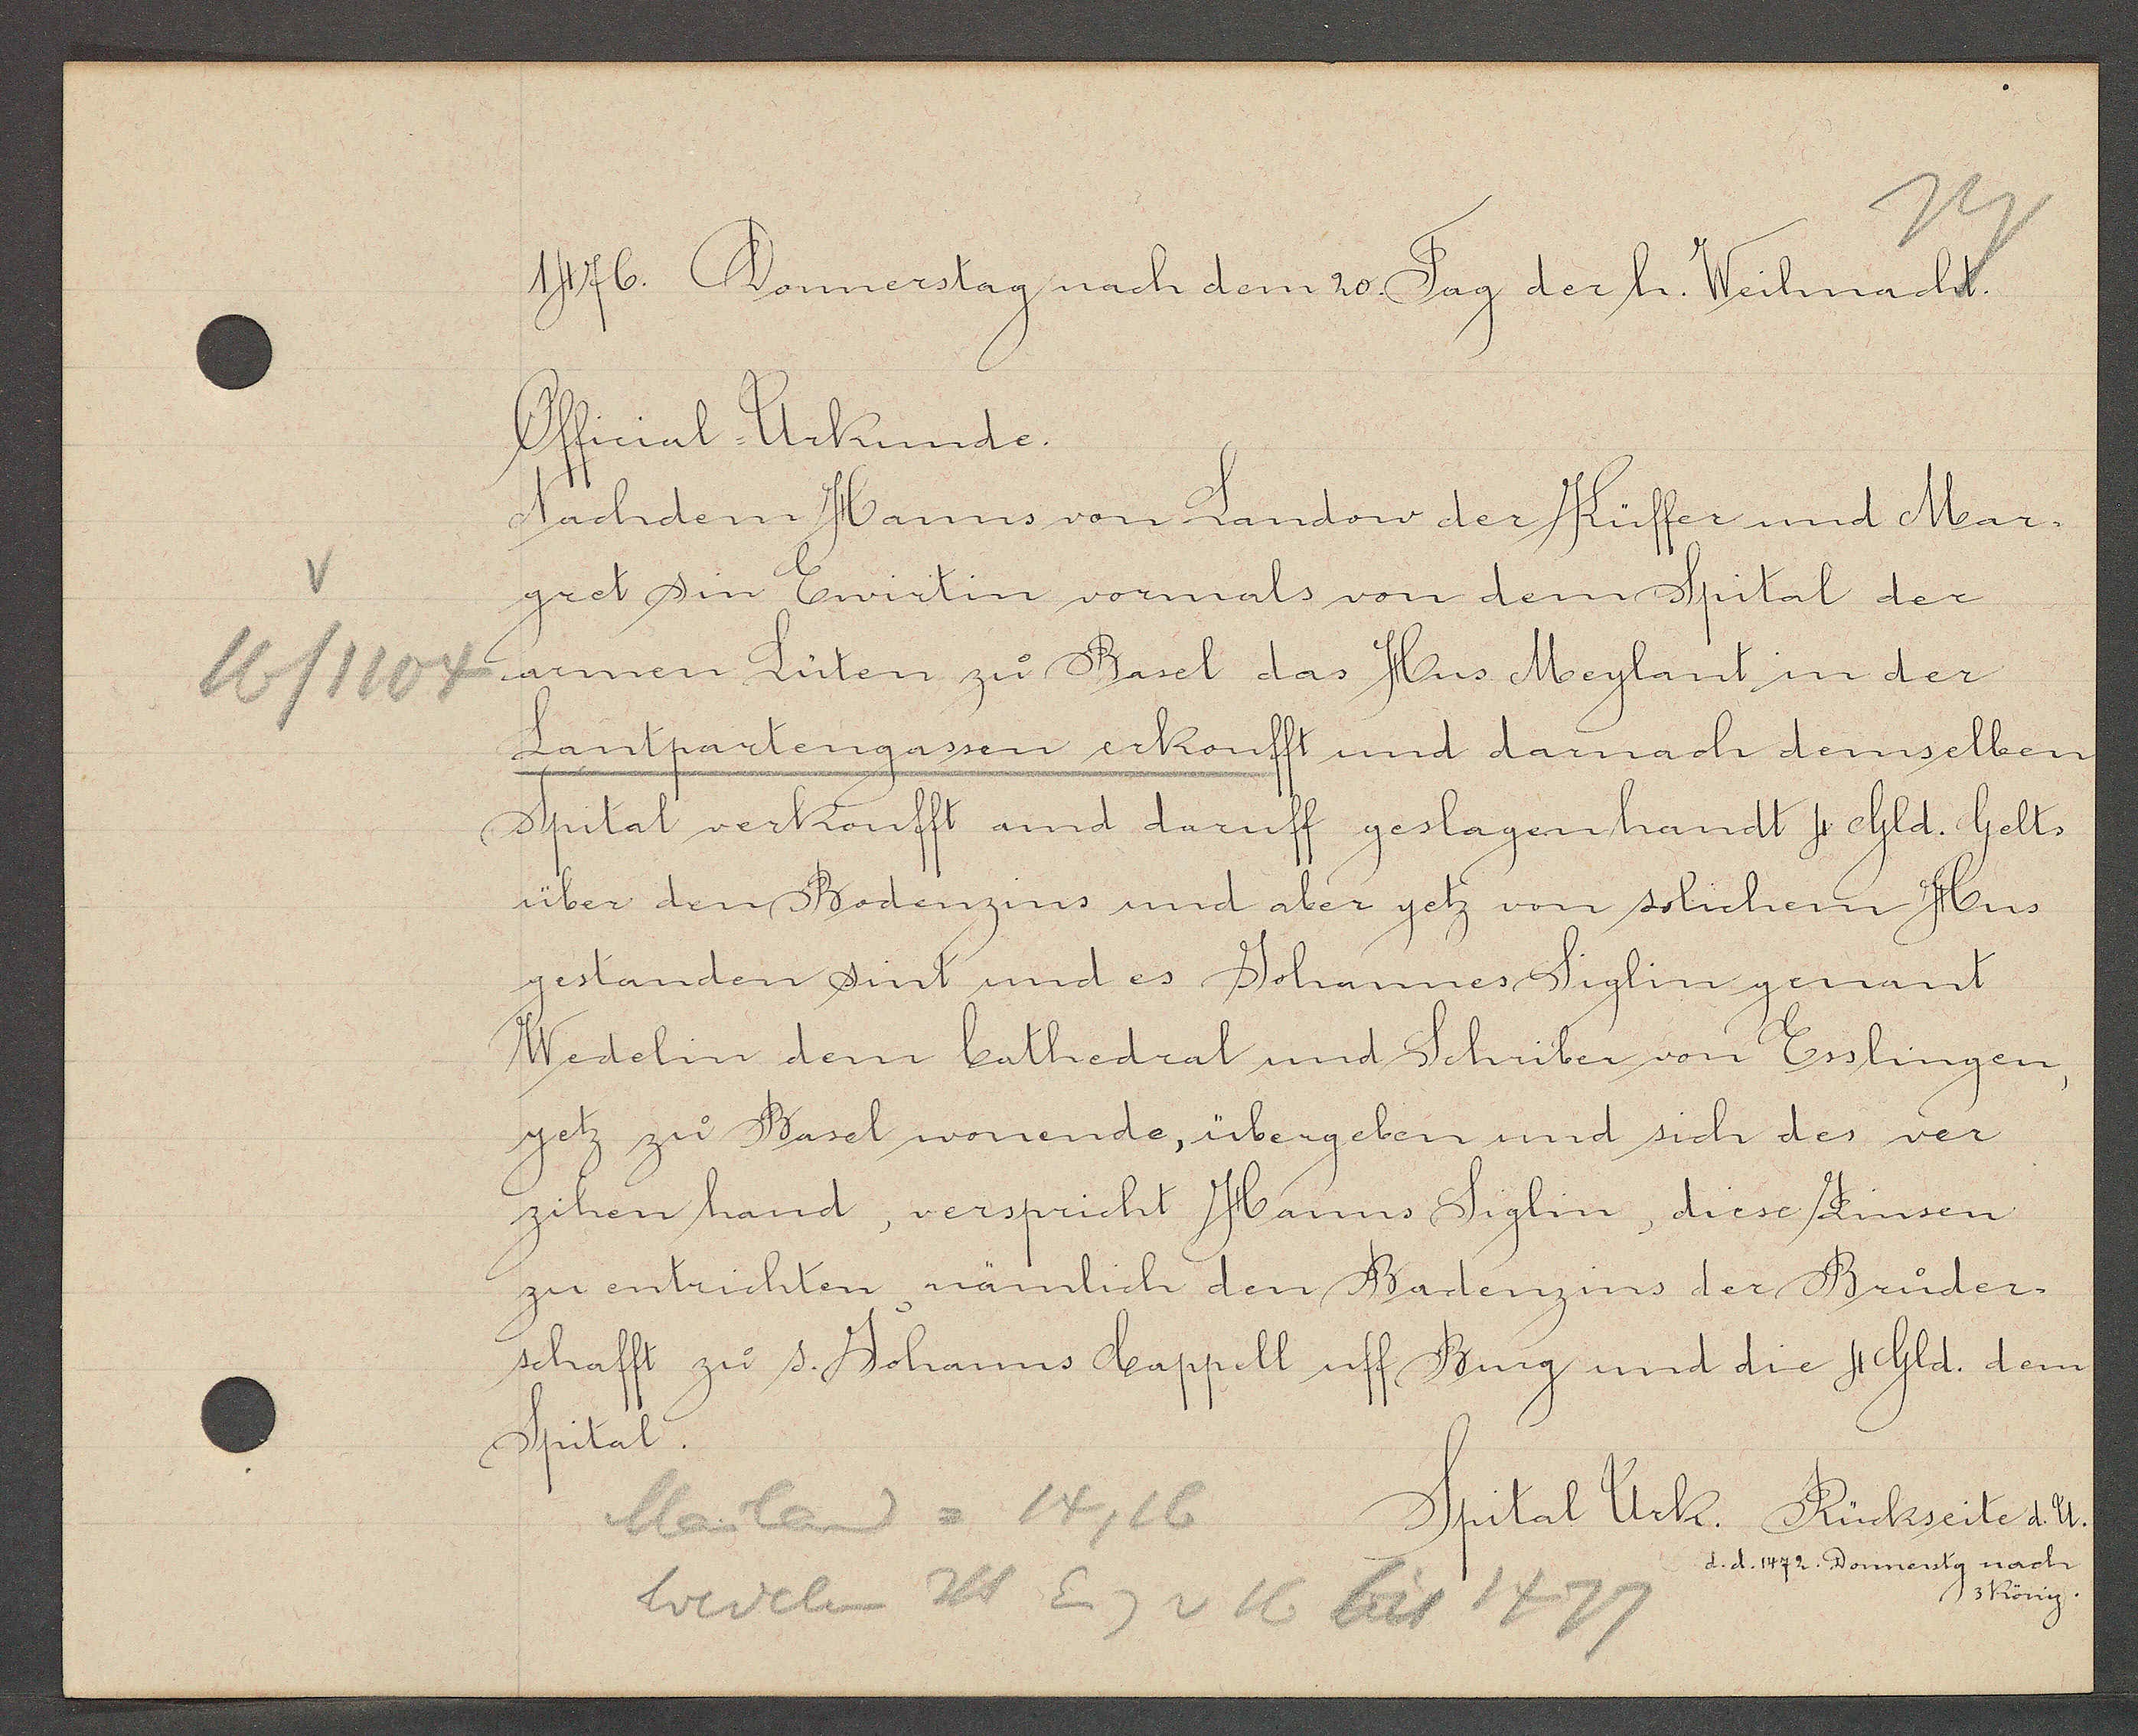
Transcript:
16/1104

1476. Donnerstag nach dem 20 Tag der h. Weihnacht.

Official Urkunde.
Nachdem Hanns von Landow der Küffer und Mar¬
gret sin Ewirtin vormals von dem Spital der
armen Lüten zu Basel das Hus Meylant in der
Lantpartengassen erkoufft und darnach demselben
Spital verkoufft und daruff geslagen handt 4 Gld. Gelts
über den Bodenzins und aber yetz von solichem Hus
gestanden sint und es Johannes Siglin genant
Wedelin dem Cathedral und Schriber von Esslingen,
yetz zu Basel wonende, übergeben und sich des ver
zihen hand, verspricht Hanns Siglin, diese Zinsen
zu entrichten, nämlich den Bodenzins der Bruder¬
schafft zu s. Johanns Cappell uff Burg und die 4 Gld. dem
Spital.

Mailand = 14, 16
Wedelin Hs Eig v 16 bis 1477

Spital Urk. Rückseite d. U.
d. d. 1472. Donnerstg nach
3 König.